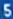
5